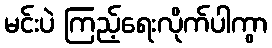
မင်းပဲ ကြည့်ရေးလိုက်ပါကွာ